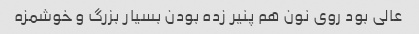
عالی بود روی نون هم پنیر زده بودن بسیار بزرگ و خوشمزه